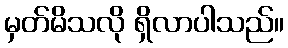
မှတ်မိသလို ရှိလာပါသည်။